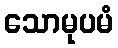
သောမုပမံ